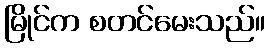
မြိုင်က စတင်မေးသည်။